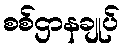
စစ်ဌာနချုပ်